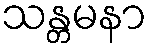
သန္တမနာ